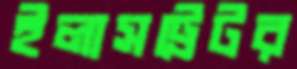
ইলাসট্রেটর